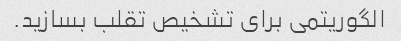
الگوریتمی برای تشخیص تقلب بسازید.